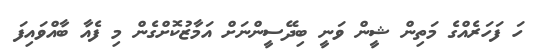
ހަ ފަހަރެއްގެ މަތިން ޝީން ވަނީ ބިދޭސީންނަށް އަމާޒުކޮށްގެން މި ފެއާ ބާއްވައިފަ